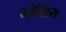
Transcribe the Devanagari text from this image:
मौलिस